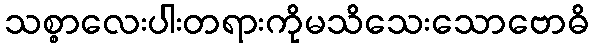
သစ္စာလေးပါးတရားကိုမသိသေးသောဗောဓိ